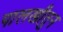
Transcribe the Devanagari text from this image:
पालखीतुन